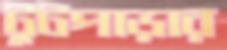
টুটপাড়ার